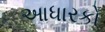
આધારકો